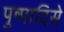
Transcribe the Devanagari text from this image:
पुष्पादिसे